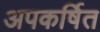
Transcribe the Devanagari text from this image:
अपकर्षित